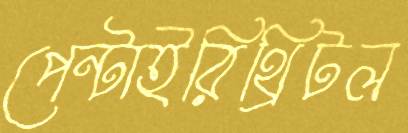
পেন্টাইরিথ্রিটল